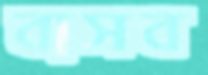
বাসব